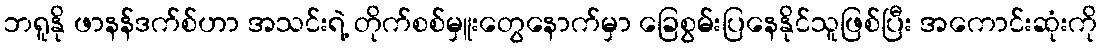
ဘရူနို ဖာနန်ဒက်စ်ဟာ အသင်းရဲ့ တိုက်စစ်မှူးတွေနောက်မှာ ခြေစွမ်းပြနေနိုင်သူဖြစ်ပြီး အကောင်းဆုံးကို